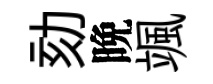
劾晩颯